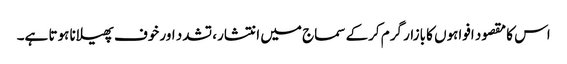
اس کا مقصود افواہوں کا بازار گرم کرکے سماج میں انتشار، تشدد اور خوف پھیلانا ہوتا ہے۔